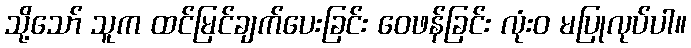
သို့သော် သူက ထင်မြင်ချက်ပေးခြင်း ဝေဖန်ခြင်း လုံးဝ မပြုလုပ်ပါ။